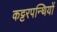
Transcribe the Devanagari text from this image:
कट्टरपन्थियों